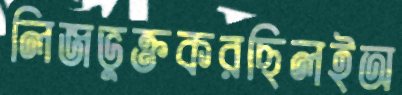
লিজভুক্তকরছিলইঅ